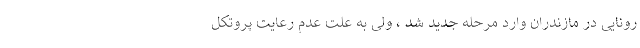
رونایی در مازندران وارد مرحله جدید شد ، ولی به علت عدم رعایت پروتکل